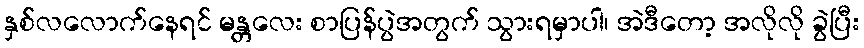
နှစ်လလောက်နေရင် မန္တလေး စာပြန်ပွဲအတွက် သွားရမှာပါ၊ အဲဒီတော့ အလိုလို ခွဲပြီး